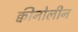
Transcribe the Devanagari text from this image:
क्वीनोलीन